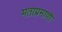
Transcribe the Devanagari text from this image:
मताप्रमाणाॆ